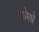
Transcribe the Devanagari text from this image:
मधेमधे